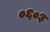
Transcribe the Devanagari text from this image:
०६०३